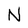
Character: N